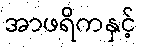
အာဖရိကနှင့်